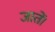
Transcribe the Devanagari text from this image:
जातें।